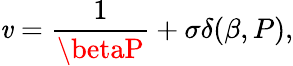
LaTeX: \mathit{v}=\frac{{1}}{{\betaP}}+\sigma\delta(\beta,P),